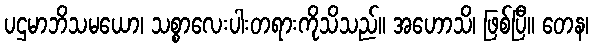
ပဌမာဘိသမယော၊ သစ္စာလေးပါးတရားကိုသိသည်။ အဟောသိ၊ ဖြစ်ပြီ။ တေန၊